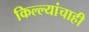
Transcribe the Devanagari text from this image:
किल्ल्यांचाही